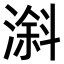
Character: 𣻠